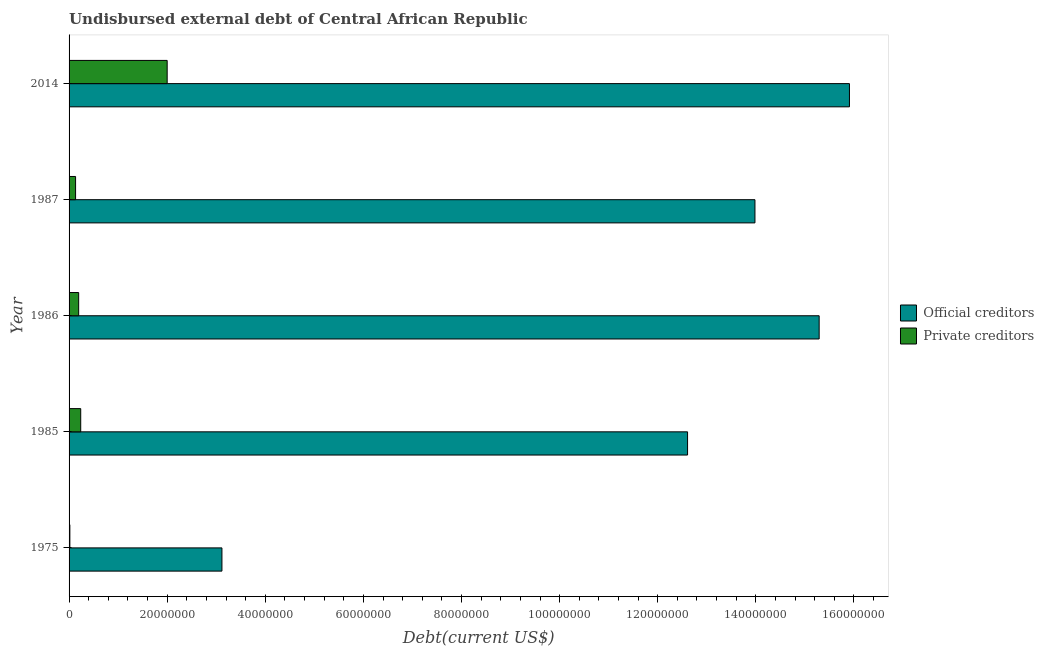
| Year | Official creditors | Private creditors |
 | --- | --- | --- |
 | 1975 | 3.12e+07 | 1.62e+05 |
 | 1985 | 1.26e+08 | 2.37e+06 |
 | 1986 | 1.53e+08 | 1.96e+06 |
 | 1987 | 1.4e+08 | 1.33e+06 |
 | 2014 | 1.59e+08 | 2e+07 |